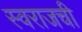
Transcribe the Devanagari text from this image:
स्वराजची